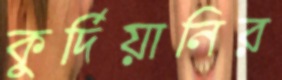
কুর্দিয়ানির